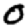
Digit: 0